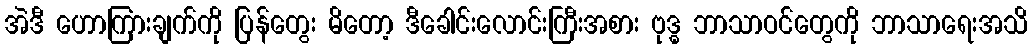
အဲဒီ ဟောကြားချက်ကို ပြန်တွေး မိတော့ ဒီခေါင်းလောင်းကြီးအစား ဗုဒ္ဓ ဘာသာဝင်တွေကို ဘာသာရေးအသိ